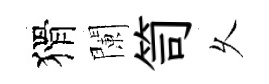
猾闌笥乆